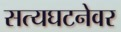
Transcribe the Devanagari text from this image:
सत्यघटनेवर